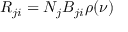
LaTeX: R _ { j i } = N _ { j } B _ { j i } \rho ( \nu )